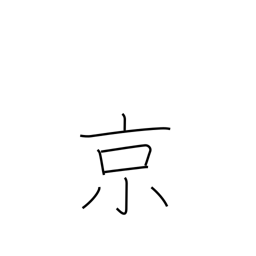
Meaning: 10**16